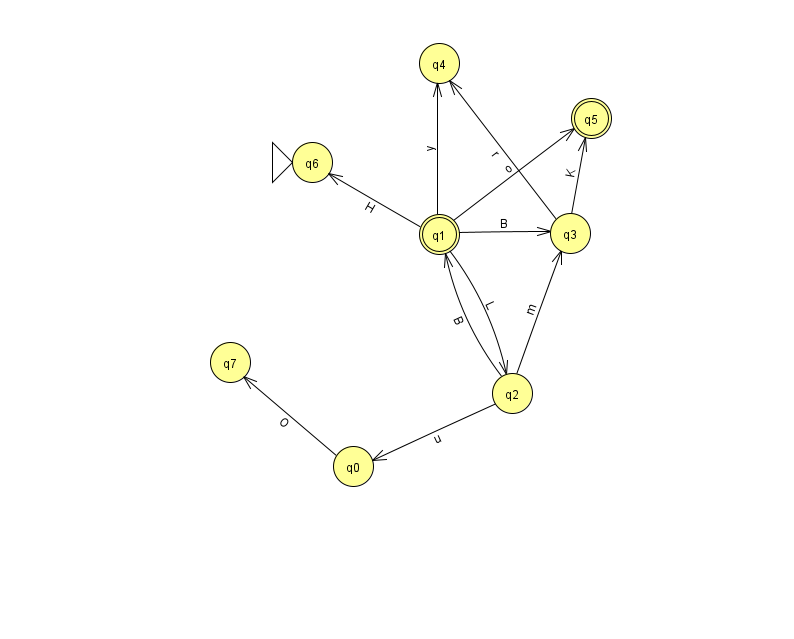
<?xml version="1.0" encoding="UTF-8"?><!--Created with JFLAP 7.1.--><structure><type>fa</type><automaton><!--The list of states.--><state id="0" name="q0"><x>353.0</x><y>453.0</y></state><state id="1" name="q1"><x>439.0</x><y>221.0</y><final/></state><state id="2" name="q2"><x>512.0</x><y>380.0</y></state><state id="3" name="q3"><x>570.0</x><y>220.0</y></state><state id="4" name="q4"><x>439.0</x><y>50.0</y></state><state id="5" name="q5"><x>591.0</x><y>105.0</y><final/></state><state id="6" name="q6"><x>312.0</x><y>149.0</y><initial/></state><state id="7" name="q7"><x>230.0</x><y>349.0</y></state><!--The list of transitions.--><transition><from>1</from><to>4</to><read>y</read></transition><transition><from>2</from><to>3</to><read>m</read></transition><transition><from>1</from><to>5</to><read>o</read></transition><transition><from>3</from><to>5</to><read>K</read></transition><transition><from>1</from><to>2</to><read>L</read></transition><transition><from>1</from><to>3</to><read>B</read></transition><transition><from>2</from><to>0</to><read>u</read></transition><transition><from>0</from><to>7</to><read>O</read></transition><transition><from>2</from><to>1</to><read>B</read></transition><transition><from>1</from><to>6</to><read>H</read></transition><transition><from>3</from><to>4</to><read>r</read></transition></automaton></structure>